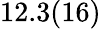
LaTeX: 12.3(16)